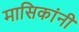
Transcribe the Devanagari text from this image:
मासिकांनी